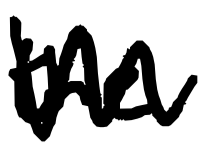
Text: the
Cross-out: zig-zag
Writing tool: digital_black